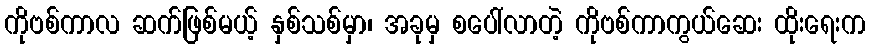
ကိုဗစ်ကာလ ဆက်ဖြစ်မယ့် နှစ်သစ်မှာ၊ အခုမှ စပေါ်လာတဲ့ ကိုဗစ်ကာကွယ်ဆေး ထိုးရေးက